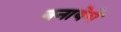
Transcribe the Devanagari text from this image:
बनायेगे